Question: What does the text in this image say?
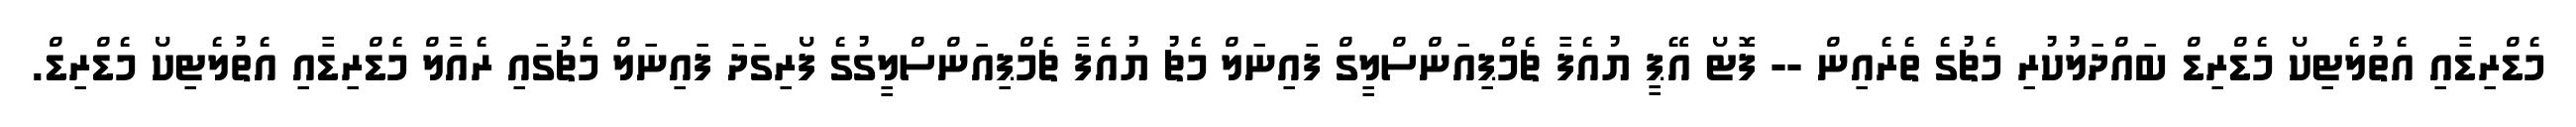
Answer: މެޑްރިޑާއި އެތުލެޓިކޯ މެޑްރިޑް ބައްދަލުކުރި މެޗުގެ ތެރެއިން -- ފޮޓޯ އޭޕީ ޔުއެފާ ޗެމްޕިއަންސްލީގް ފައިނަލް މެޗު ޔުއެފާ ޗެމްޕިއަންސްލީގުގެ ފޯރިގަދަ ފައިނަލް މެޗުގައި ރެއާލް މެޑްރިޑާއި އެތުލެޓިކޯ މެޑްރިޑް.